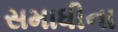
સમાધીના